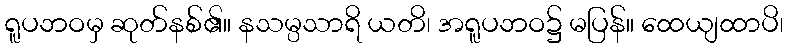
ရူပဘဝမှ ဆုတ်နစ်၏။ နသမ္ပသာရိ ယတိ၊ အရူပဘဝ၌ မပြန်။ ထေယျထာပိ၊